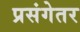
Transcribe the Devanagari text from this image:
प्रसंगेतर